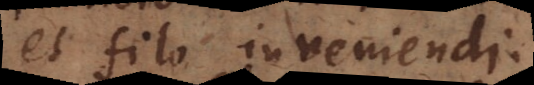
et filo inveniendi.